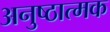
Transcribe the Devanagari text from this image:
अनुष्ठात्मक